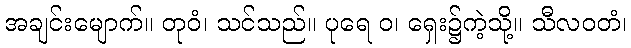
အချင်းမျောက်။ တုဝံ၊ သင်သည်။ ပုရေ ဝ၊ ရှေး၌ကဲ့သို့။ သီလဝတံ၊